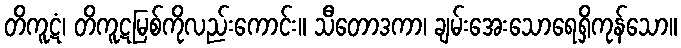
တိကူဋံ၊ တိကူဋမြစ်ကိုလည်းကောင်း။ သီတောဒကာ၊ ချမ်းအေးသောရေရှိကုန်သော။